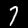
Label: 7